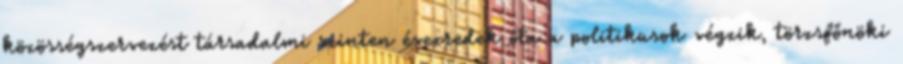
közösségszervezést társadalmi szinten évezredek óta a politikusok végzik, törzsfőnöki